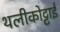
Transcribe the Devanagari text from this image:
थलीकोट्टाई